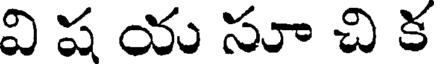
వి ష య సూ చి క